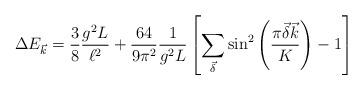
LaTeX: \begin{align*}\Delta E_{\vec{k}} = \frac{3}{8} \frac{g^{2} L}{\ell ^{2}}+\frac{64}{9\pi^{2}}\frac{1}{g^{2}L}\left[\sum_{\vec{\delta}}\sin^2\left(\frac{\pi \vec{\delta}\vec{k}}{K} \right) - 1 \right]\end{align*}